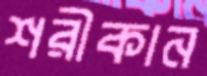
শরীকান